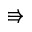
\Rrightarrow